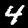
Label: 4